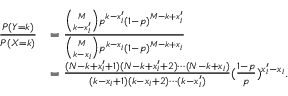
\begin{array} { r l } { \frac { P ( Y = k ) } { P ( X = k ) } } & { = \frac { { \binom { M } { k - x _ { i } ^ { \prime } } } p ^ { k - x _ { i } ^ { \prime } } ( 1 - p ) ^ { M - k + x _ { i } ^ { \prime } } } { { \binom { M } { k - x _ { i } } } p ^ { k - x _ { i } } ( 1 - p ) ^ { M - k + x _ { i } } } } \\ & { = \frac { ( N - k + x _ { i } ^ { \prime } + 1 ) ( N - k + x _ { i } ^ { \prime } + 2 ) \cdots ( N - k + x _ { i } ) } { ( k - x _ { i } + 1 ) ( k - x _ { i } + 2 ) \cdots ( k - x _ { i } ^ { \prime } ) } ( \frac { 1 - p } { p } ) ^ { x _ { i } ^ { \prime } - x _ { i } } . } \end{array}